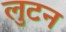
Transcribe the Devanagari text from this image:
लुटन